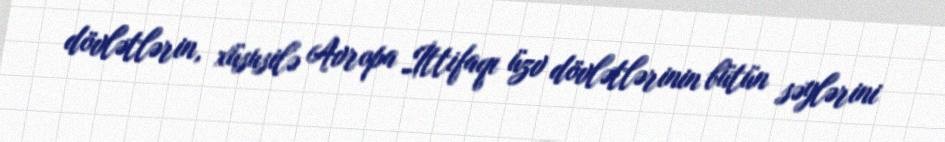
dövlətlərin, xüsusilə Avropa İttifaqı üzv dövlətlərinin bütün səylərini